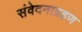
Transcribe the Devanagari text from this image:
संवेदनाग्रहण